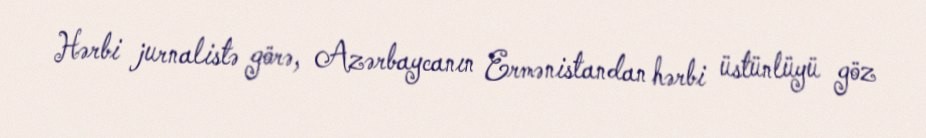
Hərbi jurnalistə görə, Azərbaycanın Ermənistandan hərbi üstünlüyü göz